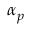
\alpha _ { p }